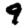
Digit: 9